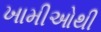
ખામીઓથી